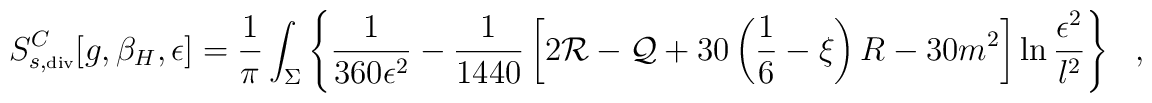
S^C_{s,\tiny\mbox{div}}[g,\beta_H,\epsilon]={1 \over \pi} \int_{\Sigma}\left\{{1 \over 360 \epsilon^2}-{1 \over 1440}\left[2{\cal R}-{\cal Q}+30\left(\frac 16-\xi\right) R-30m^2\right]\ln {\epsilon^2 \over l^2}\right\}~~~,